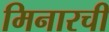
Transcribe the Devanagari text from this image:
मिनारची